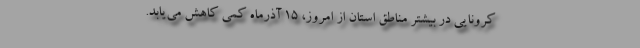
کرونایی در بیشتر مناطق استان از امروز، ۱۵ آذرماه کمی کاهش می‌یابد.